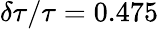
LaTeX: \delta\tau/\tau=0.475